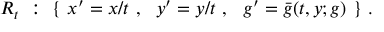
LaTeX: R _ { t } ~ : ~ \{ ~ x ^ { \prime } = x / t ~ , ~ ~ y ^ { \prime } = y / t ~ , ~ ~ g ^ { \prime } = \bar { g } ( t , y ; g ) ~ \} ~ .